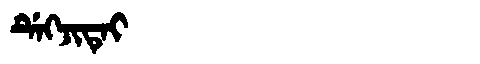
Manchu: ᡩᡝᡴᠵᡳᡨᡝᡳ
Romanization: DEKJITEI